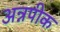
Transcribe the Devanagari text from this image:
अन्नपीक